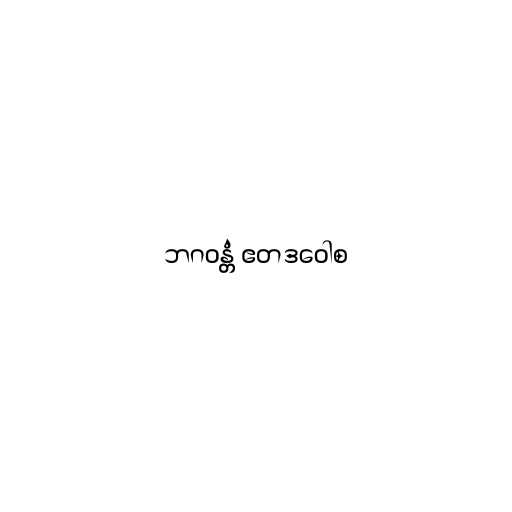
ဘဂဝန္တံ ဧတဒဝေါစ